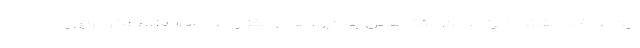
این عارضه نقش دارند. این متخصص بیماری های مغز و اعصاب افزود: خونریزی